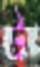
ট